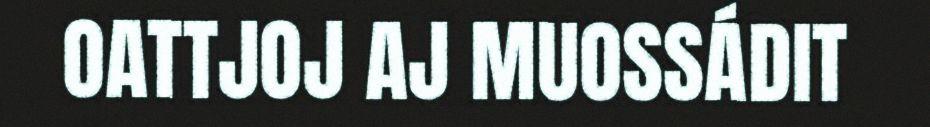
OATTJOJ AJ MUOSSÁDIT